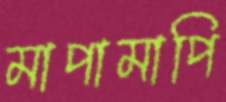
মাপামাপি